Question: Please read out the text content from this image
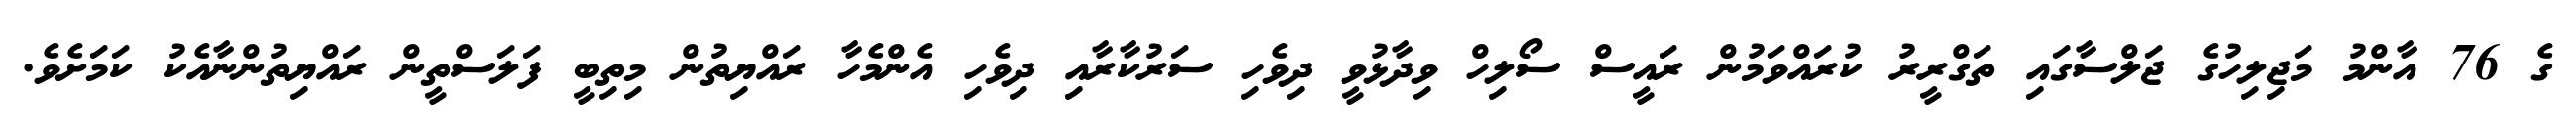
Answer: ގެ 76 އާންމު މަޖިލިހުގެ ޖަލްސާގައި ތަގްރީރު ކުރައްވަމުން ރައީސް ސޯލިހް ވިދާޅުވީ ދިވެހި ސަރުކާރާއި ދިވެހި އެންމެހާ ރައްޔިތުން މިތިބީ ފަލަސްތީން ރައްޔިތުންނާއެކު ކަމަށެވެ.